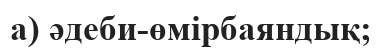
а) әдеби-өмірбаяндық;